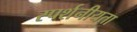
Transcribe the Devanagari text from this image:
स्पर्शनीयता